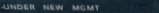
UNDER NEW MGMT